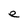
Character: e